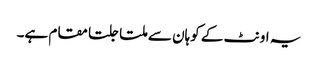
یہ اونٹ کے کوہان سے ملتا جلتا مقام ہے۔